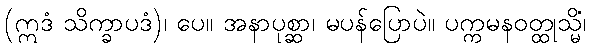
(ဣဒံ သိက္ခာပဒံ)၊ ပေ။ အနာပုစ္ဆာ၊ မပန်ပြောပဲ။ ပက္ကမနဝတ္ထုသ္မိံ၊